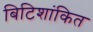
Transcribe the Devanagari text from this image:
बिटिशांकित